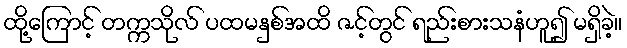
ထို့ကြောင့် တက္ကသိုလ် ပထမနှစ်အထိ ဇင့်တွင် ရည်းစားသနံဟူ၍ မရှိခဲ့။